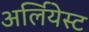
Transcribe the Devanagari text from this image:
अर्लियेस्ट